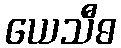
ယေသီဓ